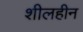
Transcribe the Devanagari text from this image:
शीलहीन